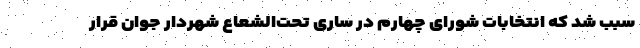
سبب شد که انتخابات شورای چهارم در ساری تحت‌الشعاع شهردار جوان قرار